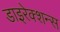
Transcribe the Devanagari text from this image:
डाइरेक्शन्स